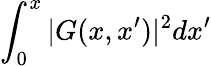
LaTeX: \int_{0}^{x}|G(x,x^{\prime})|^{2}dx^{\prime}